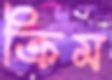
ক্রিম